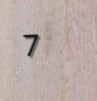
7